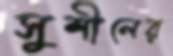
সুশীলের